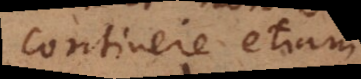
continere etiam